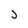
Character: J